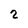
Character: 2